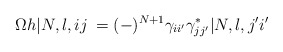
\begin{align*}\Omega h|N,l,ij\> = (-)^{N+1}\gamma_{ii'}\gamma_{jj'}^*|N,l,j'i'\>\end{align*}